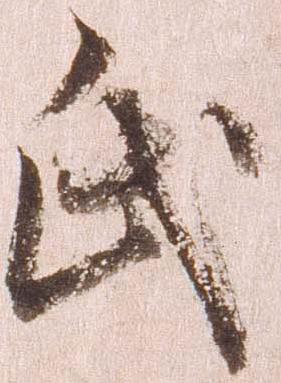
氏